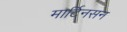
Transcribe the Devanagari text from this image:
मार्टिनसन